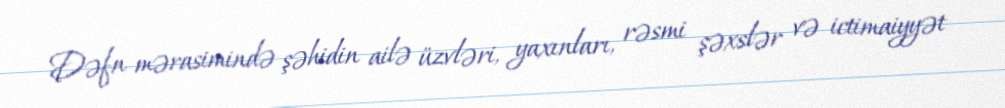
Dəfn mərasimində şəhidin ailə üzvləri, yaxınları, rəsmi şəxslər və ictimaiyyət